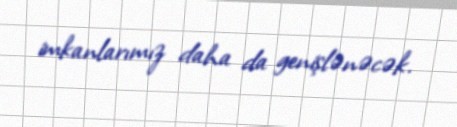
imkanlarımız daha da genişlənəcək.